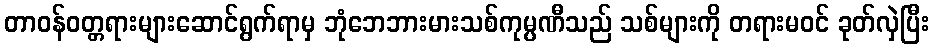
တာဝန်ဝတ္တရားများဆောင်ရွက်ရာမှ ဘုံဘေဘားမားသစ်ကုမ္ပဏီသည် သစ်များကို တရားမဝင် ခုတ်လှဲပြီး